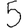
Digit: 5